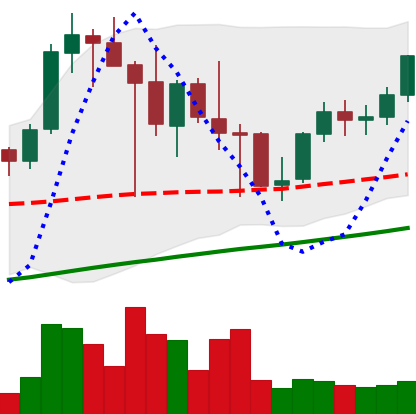
Ticker: LINK-USD
Chart end date: 2021-05-01
Forward return: 14.62%
Label: up_7plus